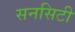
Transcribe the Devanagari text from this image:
सनसिटी